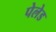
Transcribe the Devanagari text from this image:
पेलेड